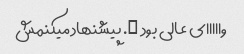
وااااای عالی بود …. پیشنهاد میکنمش